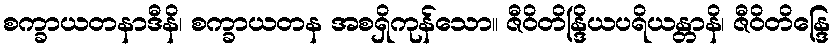
စက္ခာယတနာဒီနိ၊ စက္ခာယတန အစရှိကုန်သော။ ဇီဝိတိန္ဒြိယပရိယန္တာနိ၊ ဇီဝိတိန္ဒြေ